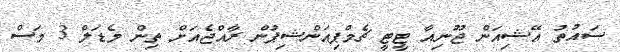
ސައުތު އޭޝިއަން ޖޫނިއާ ޓީޓީ ޗެމްޕިއަންޝިޕުން ރާއްޖެއަށް ތިން މެޑަލް 3 މަސް